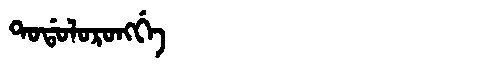
Manchu: ᡨᠣᡩᠣᠯᠣᡵᠣᠩᡤᡝ
Romanization: TODOLORONGGE